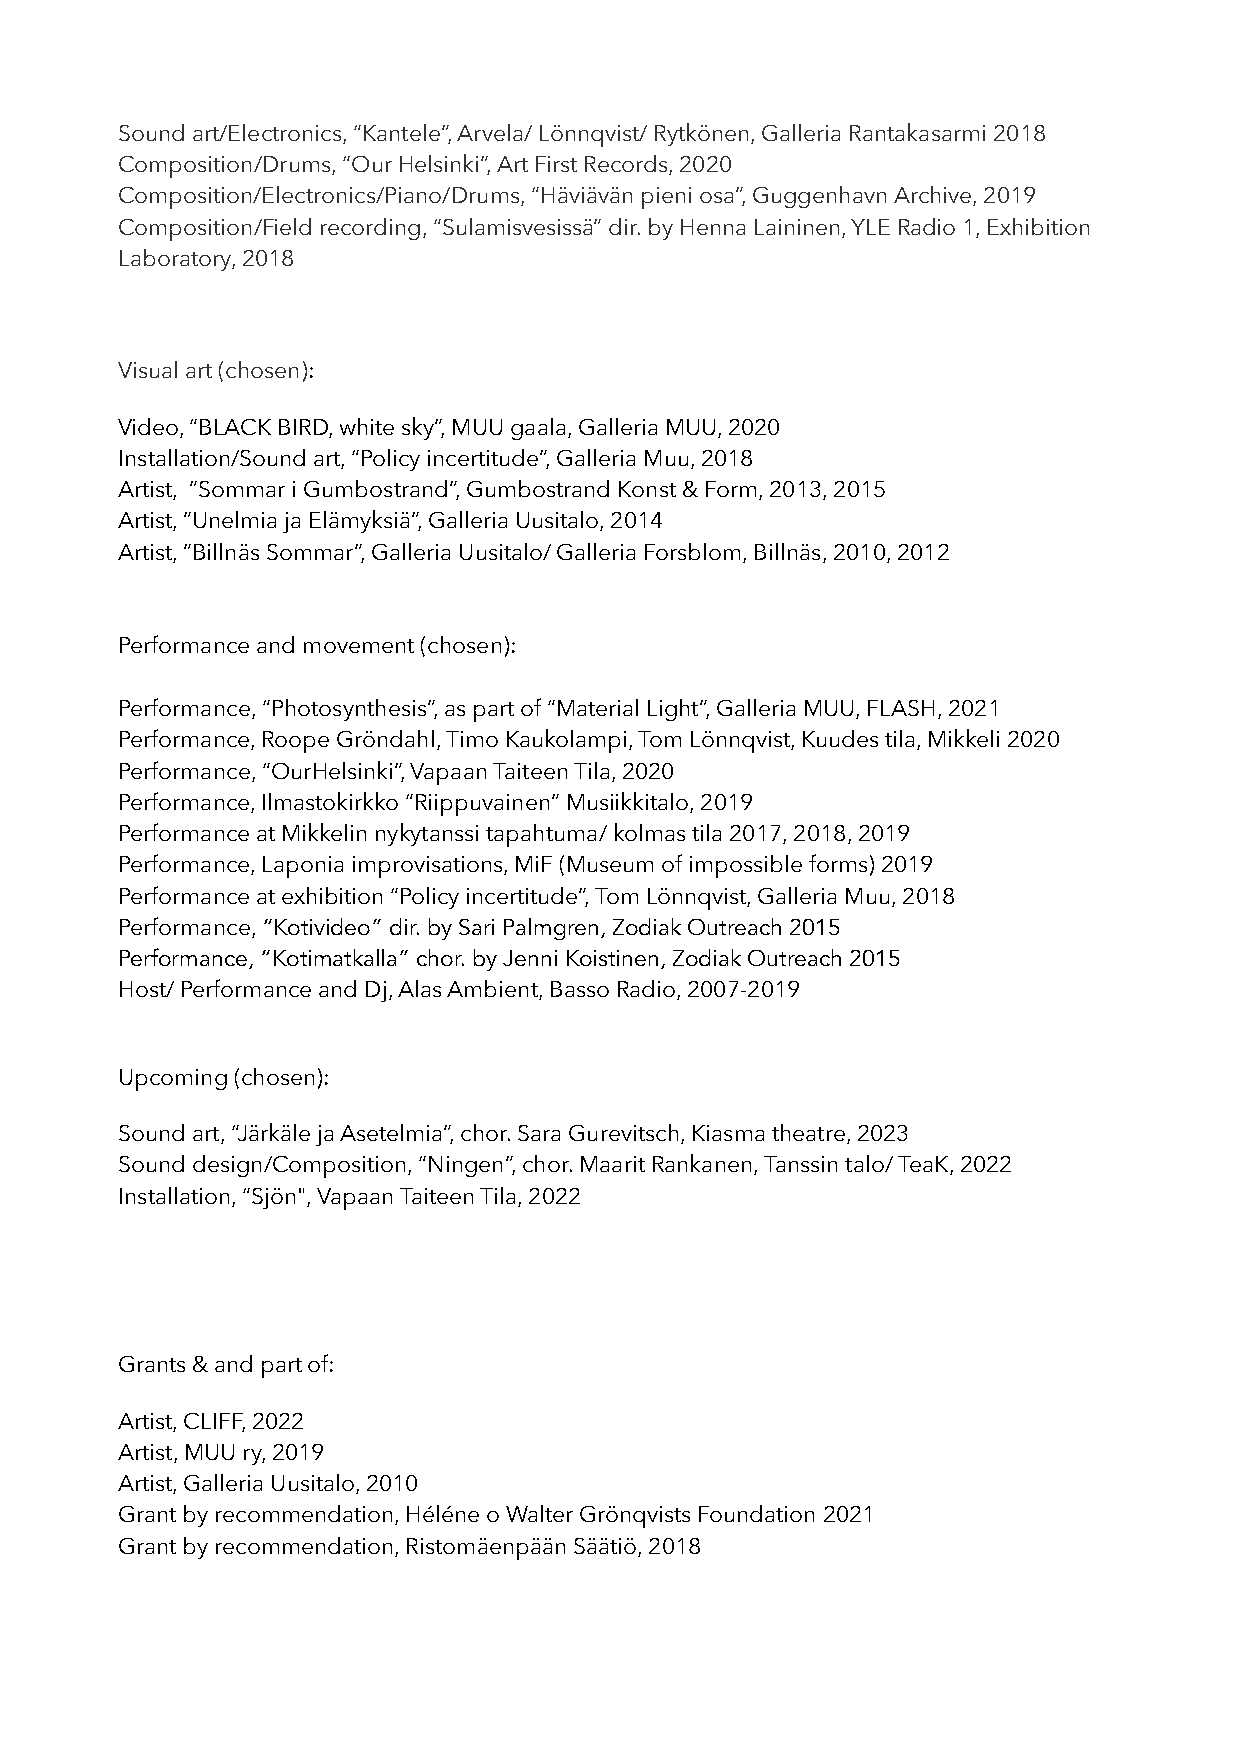
Sound art/Electronics, “Kantele”, Arvela/ Lönnqvist/ Rytkönen, Galleria Rantakasarmi 2018
 Composition/Drums, “Our Helsinki”, Art First Records, 2020
 Composition/Electronics/Piano/Drums, “Häviävän pieni osa”, Guggenhavn Archive, 2019
 Composition/Field recording, “Sulamisvesissä” dir. by Henna Laininen, YLE Radio 1, Exhibition
 Laboratory, 2018
 Visual art (chosen):
 Video, “BLACK BIRD, white sky”, MUU gaala, Galleria MUU, 2020
 Installation/Sound art, “Policy incertitude”, Galleria Muu, 2018
 Artist, ”Sommar i Gumbostrand”, Gumbostrand Konst & Form, 2013, 2015
 Artist, ”Unelmia ja Elämyksiä”, Galleria Uusitalo, 2014
 Artist, ”Billnäs Sommar”, Galleria Uusitalo/ Galleria Forsblom, Billnäs, 2010, 2012
 Performance and movement (chosen):
 Performance, “Photosynthesis”, as part of “Material Light”, Galleria MUU, FLASH, 2021
 Performance, Roope Gröndahl, Timo Kaukolampi, Tom Lönnqvist, Kuudes tila, Mikkeli 2020
 Performance, “OurHelsinki”, Vapaan Taiteen Tila, 2020
 Performance, Ilmastokirkko “Riippuvainen” Musiikkitalo, 2019
 Performance at Mikkelin nykytanssi tapahtuma/ kolmas tila 2017, 2018, 2019
 Performance, Laponia improvisations, MiF (Museum of impossible forms) 2019
 Performance at exhibition “Policy incertitude”, Tom Lönnqvist, Galleria Muu, 2018
 Performance, “Kotivideo” dir. by Sari Palmgren, Zodiak Outreach 2015
 Performance, “Kotimatkalla” chor. by Jenni Koistinen, Zodiak Outreach 2015
 Host/ Performance and Dj, Alas Ambient, Basso Radio, 2007-2019
 Upcoming (chosen):
 Sound art, “Järkäle ja Asetelmia”, chor. Sara Gurevitsch, Kiasma theatre, 2023
 Sound design/Composition, “Ningen”, chor. Maarit Rankanen, Tanssin talo/ TeaK, 2022
 Installation, “Sjön", Vapaan Taiteen Tila, 2022
 Grants & and part of:
 Artist, CLIFF, 2022
 Artist, MUU ry, 2019
 Artist, Galleria Uusitalo, 2010
 Grant by recommendation, Héléne o Walter Grönqvists Foundation 2021
 Grant by recommendation, Ristomäenpään Säätiö, 2018